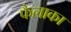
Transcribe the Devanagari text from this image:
फैलाका